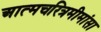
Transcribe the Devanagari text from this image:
अात्मचरित्रमीमांसा